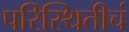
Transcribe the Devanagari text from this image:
परिस्थितीचं